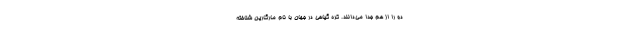
دو را از هم جدا می‌دانند. کره گیاهی در جهان با نام مارگارین شناخته